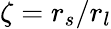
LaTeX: \zeta=r_{s}/r_{l}